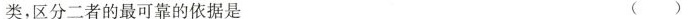
类，区分二者的最可靠的依据是 ( )